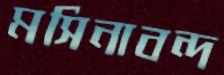
মসিনাবন্দ